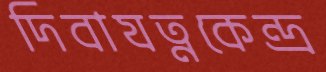
দিবাযত্নকেন্দ্র